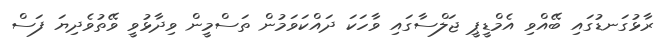
ރާޅުގަނޑުގައި ބޭއްވި އެމްޑީޕީ ޖަލްސާގައި ވާހަކަ ދައްކަވަމުން ތަސްމީން ވިދާޅުވީ ވޭތުވެދިޔަ ފަސް